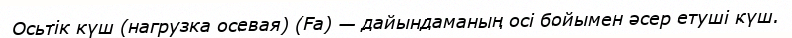
Осьтік күш (нагрузка осевая) (Fa) — дайындаманың осі бойымен әсер етуші күш.